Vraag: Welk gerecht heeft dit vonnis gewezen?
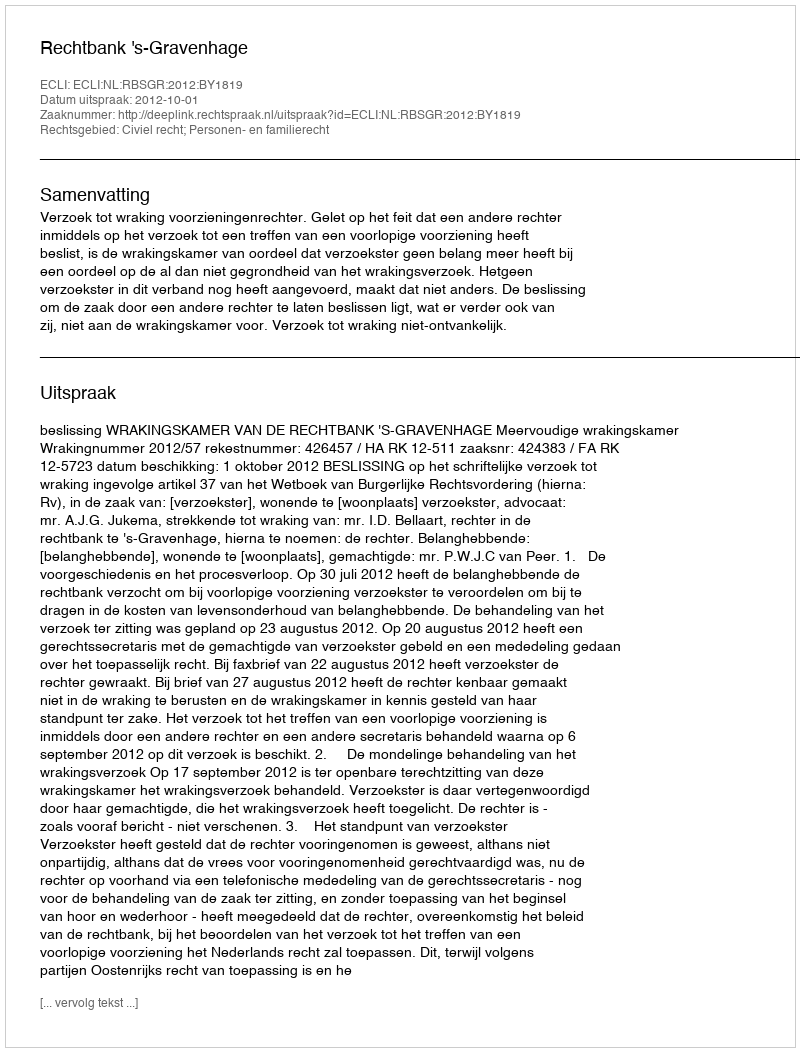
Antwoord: Rechtbank 's-Gravenhage